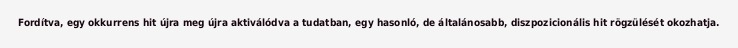
Fordítva, egy okkurrens hit újra meg újra aktiválódva a tudatban, egy hasonló, de általánosabb, diszpozicionális hit rögzülését okozhatja.